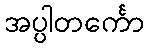
အပ္ပါတင်္ကော